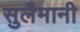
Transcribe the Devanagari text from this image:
सुलैमानी